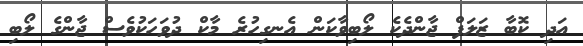
އަދި ކޮބާ ޒަލަފް ޖާންދެކެ ލޯބިވާކަން އެނގިހުރެ މާކް ދުވަހަކުވެސް ޖާންގެ ލޯބި